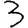
Digit: 3